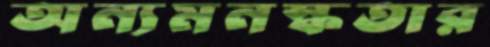
অন্যমনস্কতার